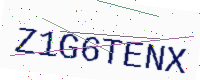
Text: Z1G6TENX